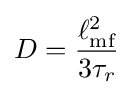
D={\frac {\ell _{\text{mf}}^{2}}{3\tau _{r}}}